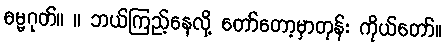
ဓမ္မဂုတ်။ ။ ဘယ်ကြည့်နေလို့ တော်တော့မှာတုန်း ကိုယ်တော်။